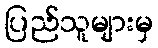
ပြည်သူများမှ